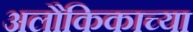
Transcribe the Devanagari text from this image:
अलौकिकाच्या